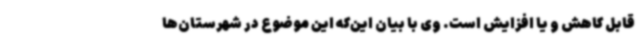
قابل کاهش و یا افزایش است. وی با بیان این‌که این موضوع در شهرستان‌ها